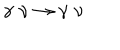
LaTeX: \gamma \, \, \nu \rightarrow \gamma \, \, \nu \, \,